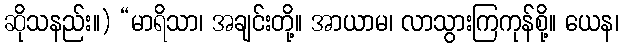
ဆိုသနည်း။) “မာရိသာ၊ အချင်းတို့။ အာယာမ၊ လာသွားကြကုန်စို့။ ယေန၊